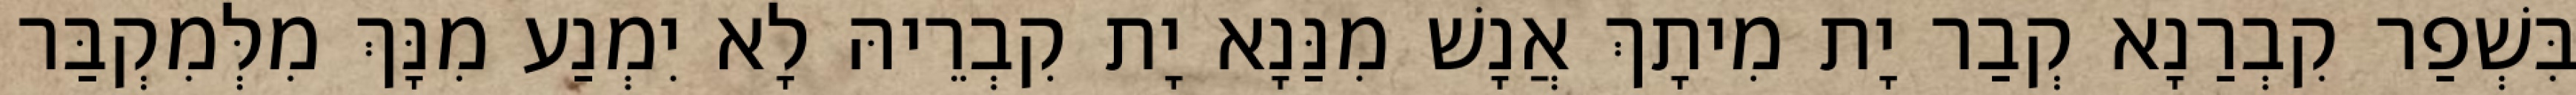
בִּשְׁפַר קִבְרַנָא קְבַר יָת מִיתָךְ אֲנָשׁ מִנַּנָא יָת קִבְרֵיהּ לָא יִמְנַע מִנָּךְ מִלְּמִקְבַּר